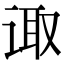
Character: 诹